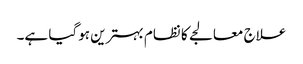
علاج معالجے کا نظام بہترین ہوگیا ہے۔